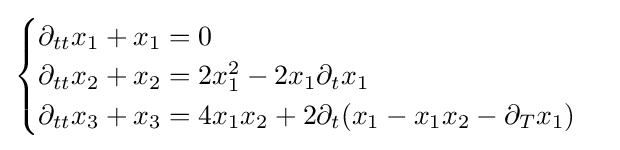
{\begin{cases}\partial _{tt}x_{1}+x_{1}=0\\\partial _{tt}x_{2}+x_{2}=2x_{1}^{2}-2x_{1}\partial _{t}x_{1}\\\partial _{tt}x_{3}+x_{3}=4x_{1}x_{2}+2\partial _{t}(x_{1}-x_{1}x_{2}-\partial _{T}x_{1})\end{cases}}